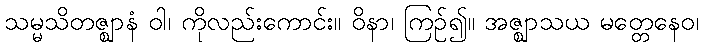
သမ္မသိတဇ္ဈာနံ ဝါ၊ ကိုလည်းကောင်း။ ဝိနာ၊ ကြဉ်၍။ အဇ္ဈာသယ မတ္တေနေဝ၊